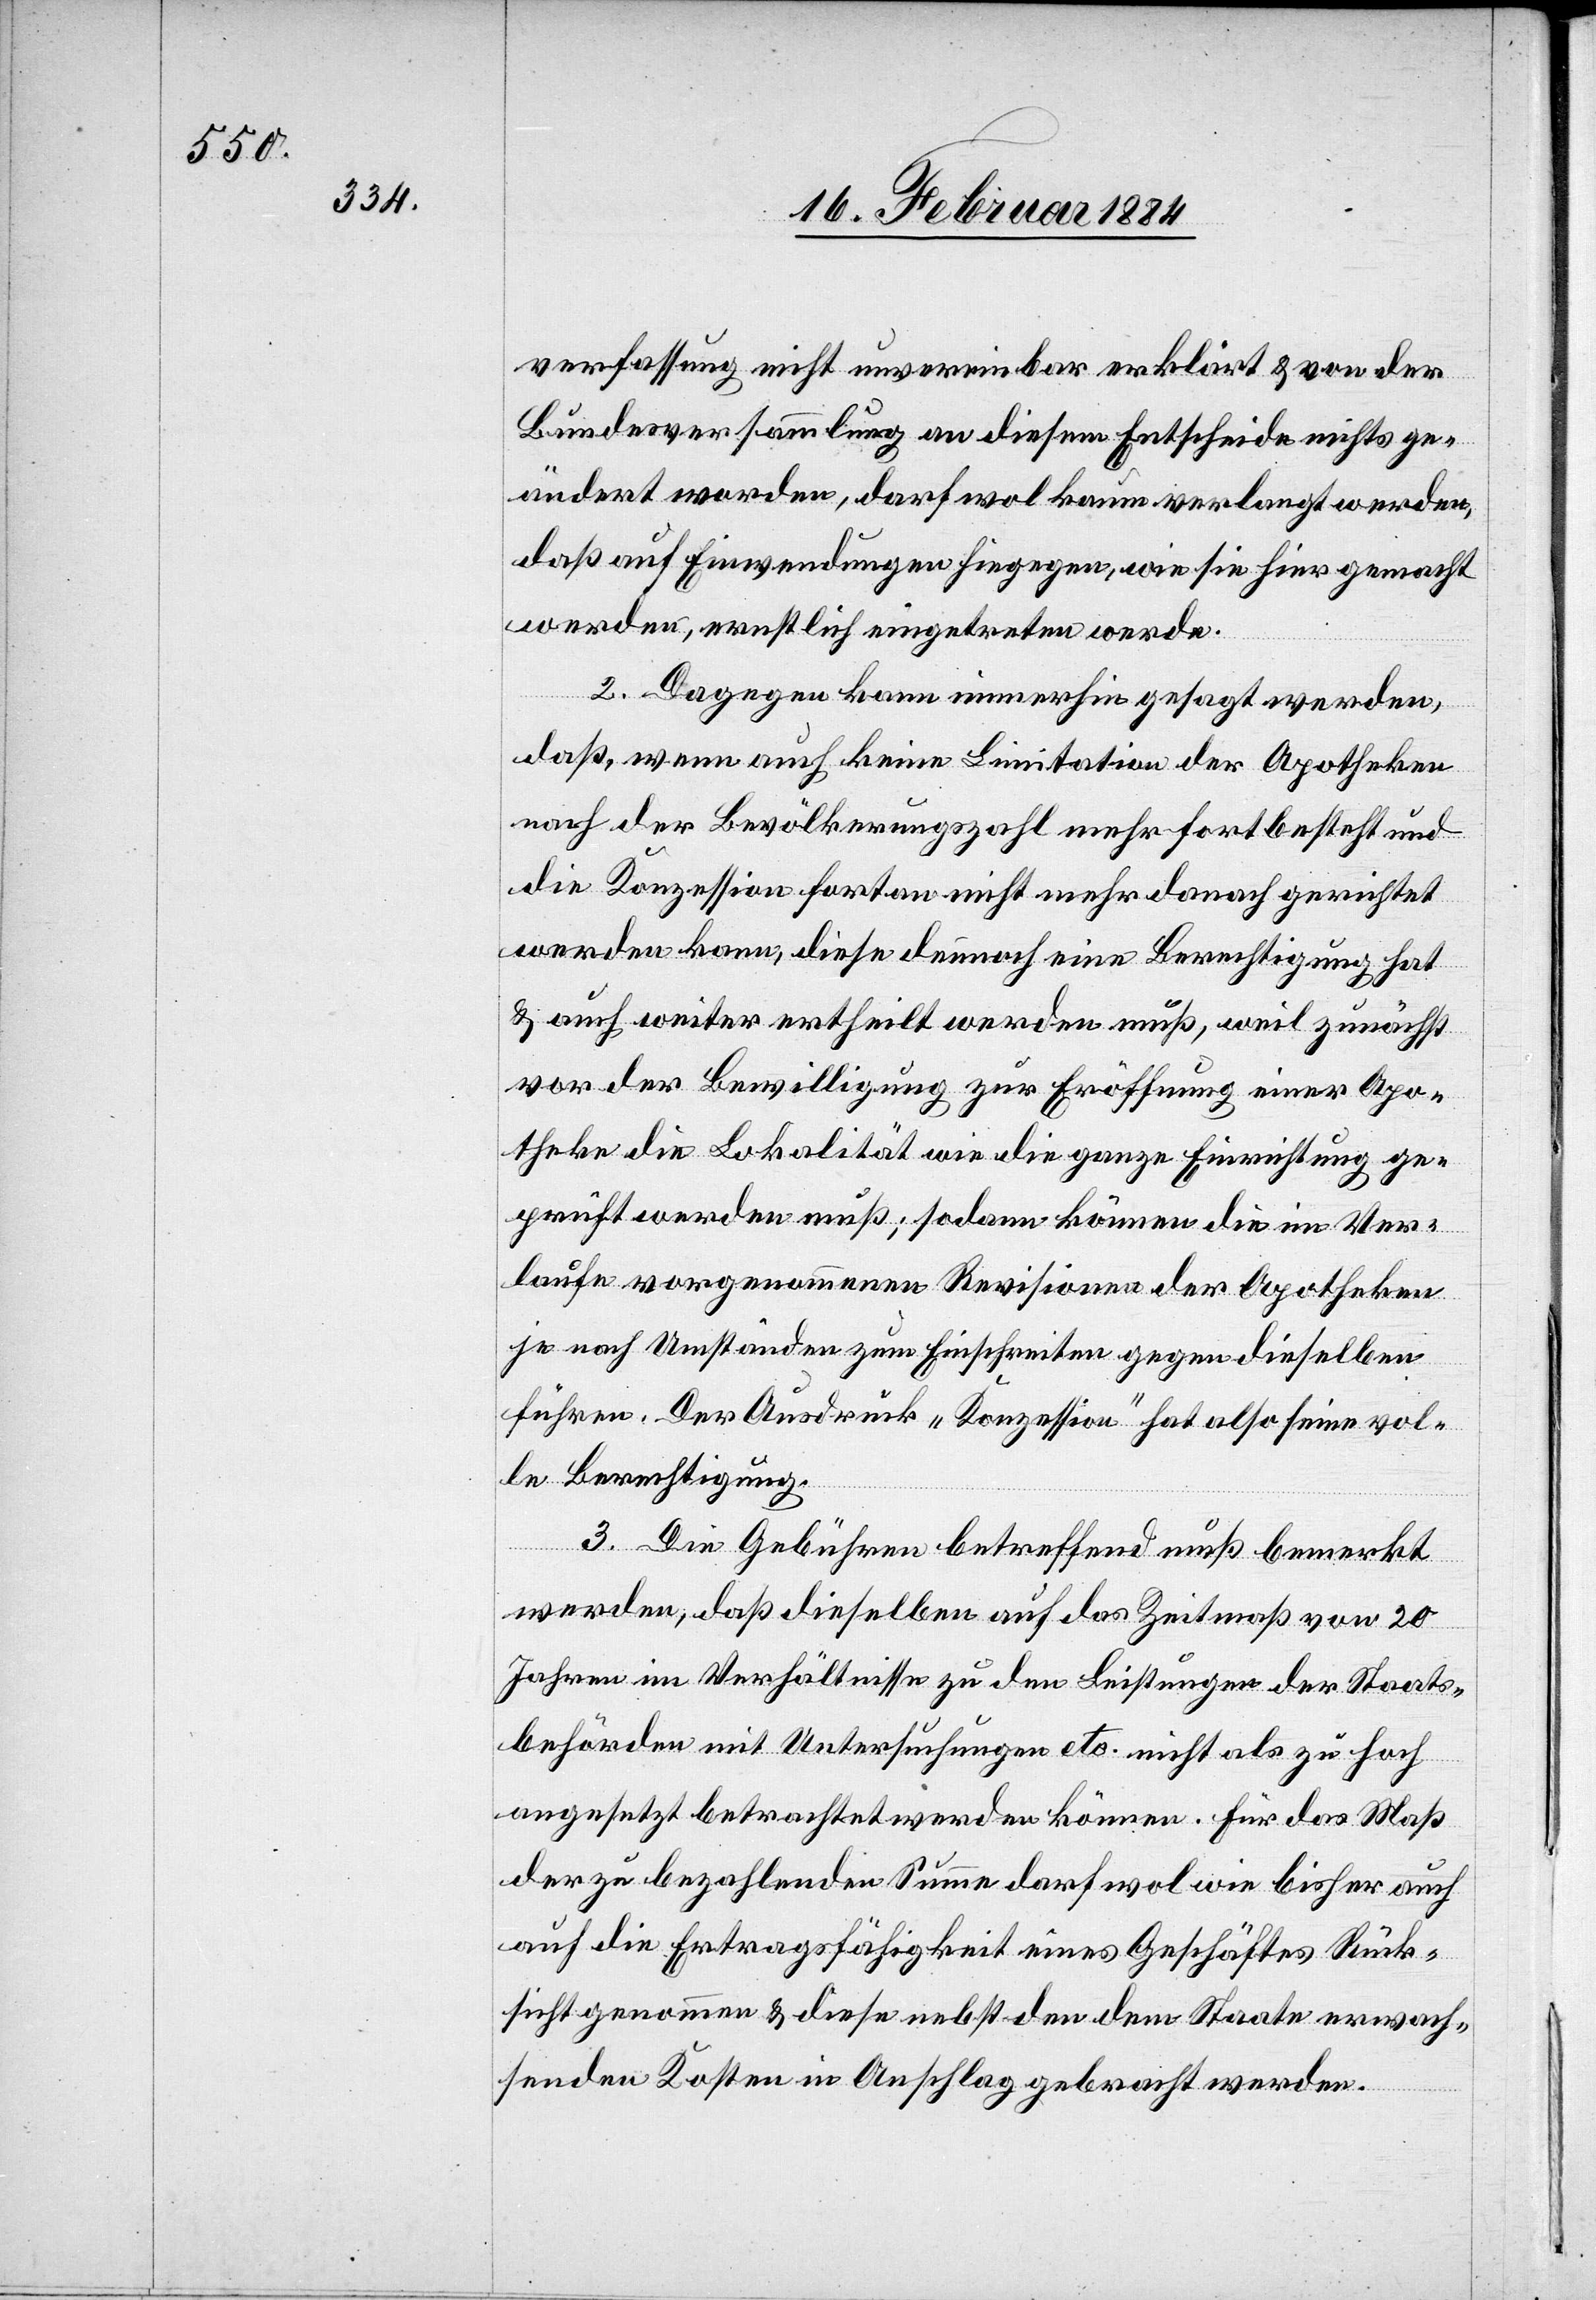
verfassung nicht unvereinbar erklärt & von der
Bundesversammlung an diesem Entscheide nichts ge¬
ändert worden, darf wol kaum verlangt werden,
daß auf Einwendungen hiegegen, wie sie hier gemacht
werden, ernstlich eingetreten werde.
2. Dagegen kann immerhin gesagt werden,
daß, wenn auch keine Limitation der Apotheker
nach der Bevölkerungszahl mehr fortbesteht und
die Konzession fortan nicht mehr danach gerichtet
werden kann, diese dennoch eine Berechtigung hat
& auch weiter ertheilt werden muß, weil zunächst
vor der Bewilligung zur Eröffnung einer Apo¬
theke die Lokalität wie die ganze Einrichtung ge¬
prüft werden muß; sodann können die im Ver¬
laufe vorgenommenen Revisionen der Apotheken
je nach Umständen zum Einschreiten gegen dieselben
führen. Der Ausdruck „Konzession“ hat also seine vol¬
le Berechtigung.
3. Die Gebühren betreffend muß bemerkt
werden, daß dieselben auf das Zeitmaß von 20
Jahren im Verhältnisse zu den Leistungen der Staats¬
behörden mit Untersuchungen etc. nicht als zu hoch
angesetzt betrachtet werden können. Für das Maß
der zu bezahlenden Summe darf wol wie bisher auch
auf die Ertragsfähigkeit eines Geschäftes Rück¬
sicht genommen & diese nebst den dem Staate erwach¬
senden Kosten in Anschlag gebracht werden.